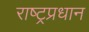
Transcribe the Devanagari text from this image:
राष्ट्रप्रधान